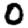
Digit: 0